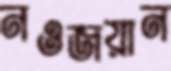
নওজয়ান